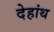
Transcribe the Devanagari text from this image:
देहांथ